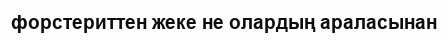
форстериттен жеке не олардың араласынан